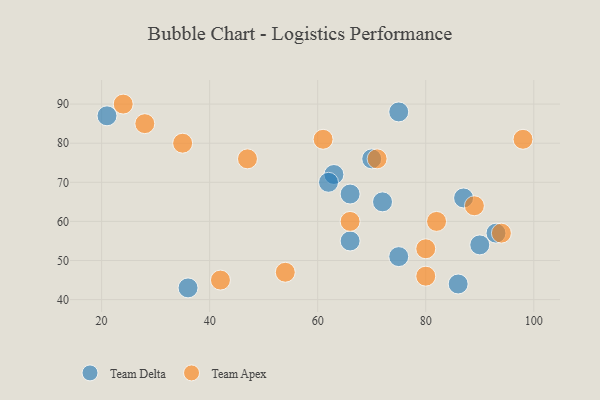
{"axis": {"x": "GDP", "y": "Life Expectancy"}, "legend": ["Team Apex", "Team Delta"], "data": [{"x": "72", "y": 65, "type": "Team Delta"}, {"x": "63", "y": 72, "type": "Team Delta"}, {"x": "70", "y": 76, "type": "Team Delta"}, {"x": "86", "y": 44, "type": "Team Delta"}, {"x": "36", "y": 43, "type": "Team Delta"}, {"x": "66", "y": 55, "type": "Team Delta"}, {"x": "90", "y": 54, "type": "Team Delta"}, {"x": "75", "y": 88, "type": "Team Delta"}, {"x": "87", "y": 66, "type": "Team Delta"}, {"x": "21", "y": 87, "type": "Team Delta"}, {"x": "66", "y": 67, "type": "Team Delta"}, {"x": "75", "y": 51, "type": "Team Delta"}, {"x": "62", "y": 70, "type": "Team Delta"}, {"x": "93", "y": 57, "type": "Team Delta"}, {"x": "61", "y": 81, "type": "Team Apex"}, {"x": "71", "y": 76, "type": "Team Apex"}, {"x": "80", "y": 53, "type": "Team Apex"}, {"x": "89", "y": 64, "type": "Team Apex"}, {"x": "82", "y": 60, "type": "Team Apex"}, {"x": "94", "y": 57, "type": "Team Apex"}, {"x": "47", "y": 76, "type": "Team Apex"}, {"x": "80", "y": 46, "type": "Team Apex"}, {"x": "98", "y": 81, "type": "Team Apex"}, {"x": "24", "y": 90, "type": "Team Apex"}, {"x": "42", "y": 45, "type": "Team Apex"}, {"x": "54", "y": 47, "type": "Team Apex"}, {"x": "28", "y": 85, "type": "Team Apex"}, {"x": "35", "y": 80, "type": "Team Apex"}, {"x": "66", "y": 60, "type": "Team Apex"}]}